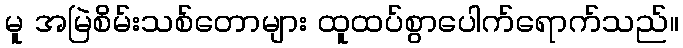
မူ အမြဲစိမ်းသစ်တောများ ထူထပ်စွာပေါက်ရောက်သည်။